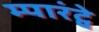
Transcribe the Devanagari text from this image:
म्पारंट्वे